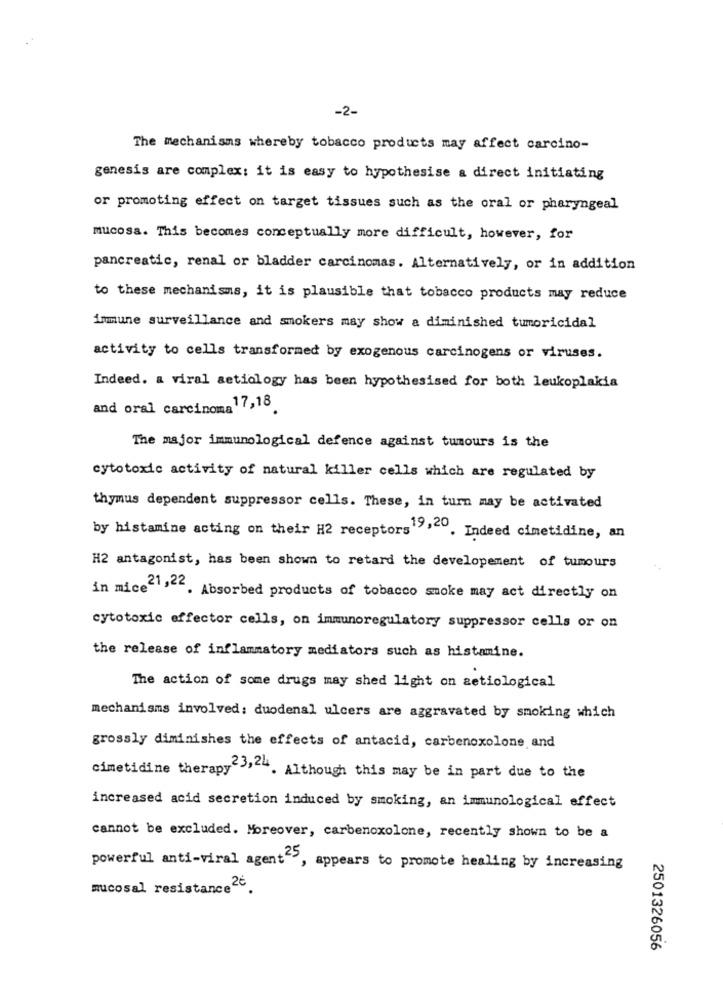
-2-
The mechanisms whereby tobacco products may affect carcino-
genesis are complex: it is easy to hypothesise a direct initiating
or promoting effect on target tissues such as the oral or pharyngeal
mucosa. This becomes conceptually more difficult, however, for
pancreatic, renal or bladder carcinomas. Alternatively, or in addition
to these mechanisms, it is plausible that tobacco products may reduce
immune surveillance and smokers may show a diminished tumoricidal
activity to cells transformed by exogenous carcinogens or viruses.
Indeed. a viral aetiology has been hypothesised for both leukoplakia
and oral carcinoma 17,18
The major immunological defence against tumours is the
cytotoxic activity of natural killer cells which are regulated by
thymus dependent suppressor cells. These, in turn may be activated
by histamine acting on their H2 receptors""" . Indeed cimetidine, an
H2 antagonist, has been shown to retard the developement of tumours
in mice"","". Absorbed products of tobacco smoke may act directly on
cytotoxic effector cells, on immunoregulatory suppressor cells or on
the release of inflammatory mediators such as histamine.
The action of some drugs may shed light on setiological
mechanisms involved: duodenal ulcers are aggravated by smoking which
grossly diminishes the effects of antacid, carbenoxolone and
cimetidine therapy<3,2. Although this may be in part due to the
increased acid secretion induced by smoking, an immunological effect
cannot be excluded. Moreover, carbenoxolone, recently shown to be a
powerful anti-viral agent">, appears to promote healing by increasing
mucosal resistance26
2501326056